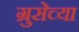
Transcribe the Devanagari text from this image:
ग्रुसेच्या